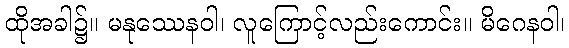
ထိုအခါ၌။ မနုဿေနဝါ၊ လူကြောင့်လည်းကောင်း။ မိဂေနဝါ၊